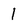
Character: 1